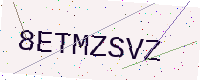
Text: 8ETMZSVZ